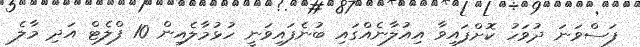
ފަސްވަނަ ދުވަހު ކޮށްފައިވާ އިއުލާނެއްގައި ބުނެފައިވަނީ ހުޅުމާލެއިން 10 ފްލެޓް އަދި މާލެ